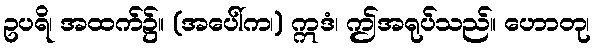
ဥပရိ၊ အထက်၌။ (အပေါ်က၊) ဣဒံ၊ ဤအရုပ်သည်။ ဟောတု၊